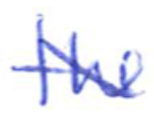
Text: the
Cross-out: mix
Writing tool: ballpoint